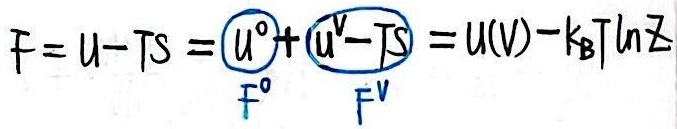
\[F = U - TS = \boxed{U^0}+\boxed{U^V - TS} = U(V)-k_{\text{B}}T\ln Z\]

\[F^0 \quad F^V\]